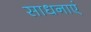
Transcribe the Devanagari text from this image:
साधनाएं